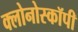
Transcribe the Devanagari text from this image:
क्लोनोस्कॉपी